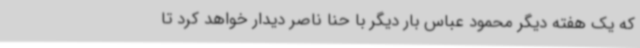
که یک هفته دیگر محمود عباس بار دیگر با حنا ناصر دیدار خواهد کرد تا